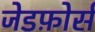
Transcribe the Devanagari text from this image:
जेडफ़ोर्स